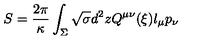
S = { \frac { 2 \pi } { \kappa } } \int _ { \Sigma } \sqrt { \sigma } d ^ { 2 } z Q ^ { \mu \nu } ( \xi ) l _ { \mu } p _ { \nu }